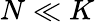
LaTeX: N\ll K